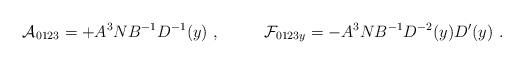
LaTeX: \begin{align*}{\cal A}_{0123}= + A^3 N B^{-1} D^{-1}(y) \ , \ \ \ \ \ \ \ \ {\cal F}_{0123y}= - A^3 N B^{-1} D^{-2}(y) D'(y) \ . \end{align*}